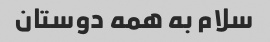
سلام به همه دوستان